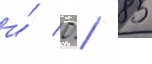
и́ 0 / 85